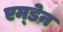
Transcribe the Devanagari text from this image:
एम्डेन